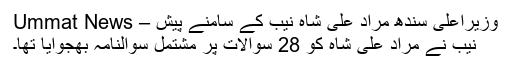
وزیراعلیٰ سندھ مراد علی شاہ نیب کے سامنے پیش – Ummat News
نیب نے مراد علی شاہ کو 28 سوالات پر مشتمل سوالنامہ بھجوایا تھا۔